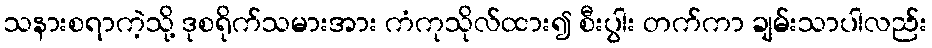
သနားစရာကဲ့သို့ ဒုစရိုက်သမားအား ကံကုသိုလ်ထား၍ စီးပွါး တက်ကာ ချမ်းသာပါလည်း